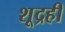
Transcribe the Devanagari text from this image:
शूद्रही